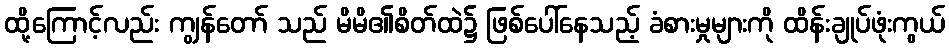
ထို့ကြောင့်လည်း ကျွန်တော် သည် မိမိ၏စိတ်ထဲ၌ ဖြစ်ပေါ်နေသည့် ခံစားမှုများကို ထိန်းချုပ်ဖုံးကွယ်